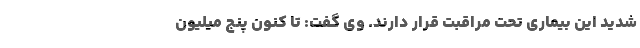
شدید این بیماری تحت مراقبت قرار دارند. وی گفت: تا کنون پنج میلیون